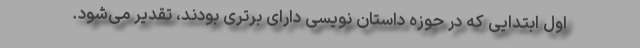
اول ابتدایی که در حوزه داستان نویسی دارای برتری بودند، تقدیر می‌شود.